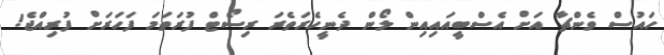
ހައުސް ވެންޗާ އަށް އެސްބީއައިއިން ލޯން ދެނީހެރަތެރަ ރިސޯޓް ފުރަތަމަ ފަހަރަށް ފުރިއްޖެ!